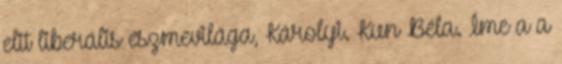
elit liberális eszmevilága, Károlyi. Kun Béla. Íme a a